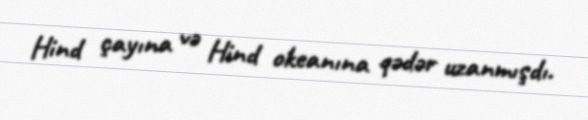
Hind çayına və Hind okeanına qədər uzanmışdı.